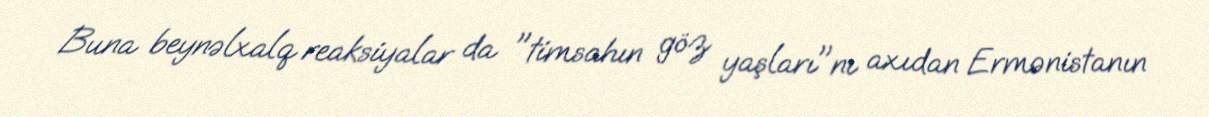
Buna beynəlxalq reaksiyalar da "timsahın göz yaşları"nı axıdan Ermənistanın